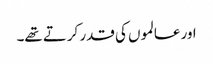
اور عالموں کی قدر کرتے تھے۔